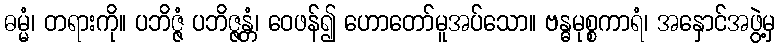
ဓမ္မံ၊ တရားကို။ ပဘိဇ္ဇံ ပဘိဇ္ဇန္တံ၊ ဝေဖန်၍ ဟောတော်မူအပ်သော။ ဗန္ဓမုစ္စကာရံ၊ အနှောင်အဖွဲ့မှ